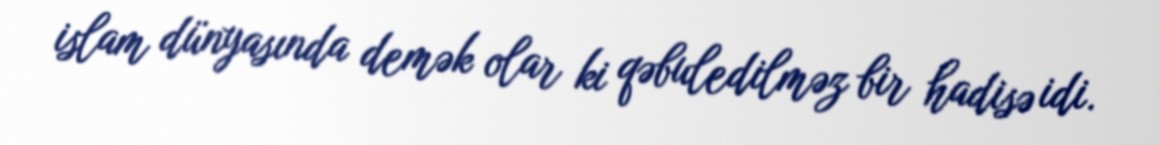
islam dünyasında demək olar ki qəbuledilməz bir hadisə idi.